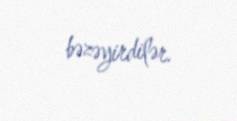
bəzəyirdilər.